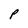
Character: P